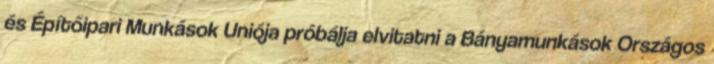
és Építőipari Munkások Uniója próbálja elvitatni a Bányamunkások Országos